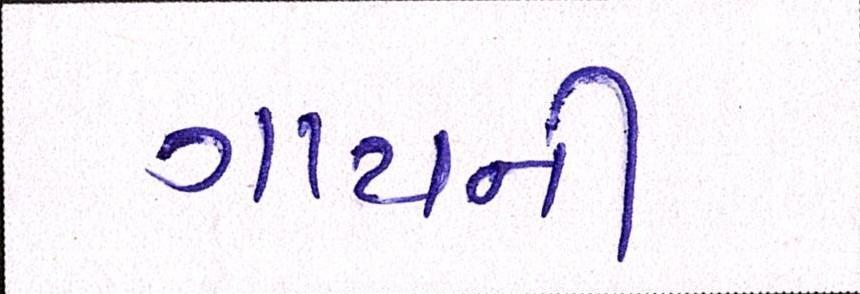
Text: ગાયની